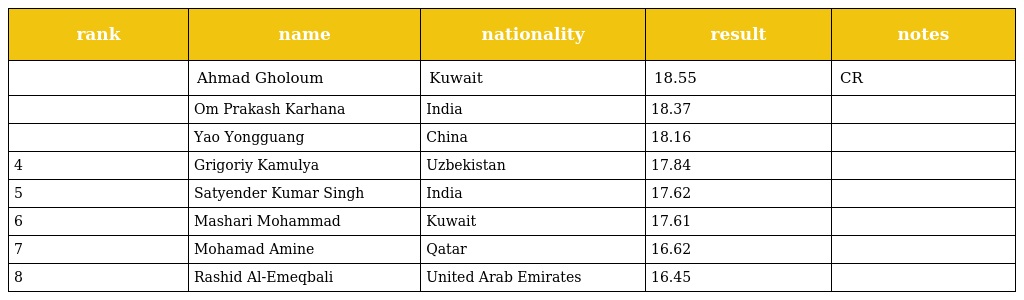
| rank | name | nationality | result | notes |
 | --- | --- | --- | --- | --- |
 |  | Ahmad Gholoum | Kuwait | 18.55 | CR |
 |  | Om Prakash Karhana | India | 18.37 |  |
 |  | Yao Yongguang | China | 18.16 |  |
 | 4 | Grigoriy Kamulya | Uzbekistan | 17.84 |  |
 | 5 | Satyender Kumar Singh | India | 17.62 |  |
 | 6 | Mashari Mohammad | Kuwait | 17.61 |  |
 | 7 | Mohamad Amine | Qatar | 16.62 |  |
 | 8 | Rashid Al-Emeqbali | United Arab Emirates | 16.45 |  |